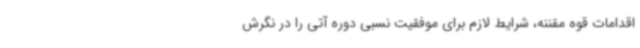
اقدامات قوه مقننه، شرایط لازم برای موفقیت نسبی دوره آتی را در نگرش